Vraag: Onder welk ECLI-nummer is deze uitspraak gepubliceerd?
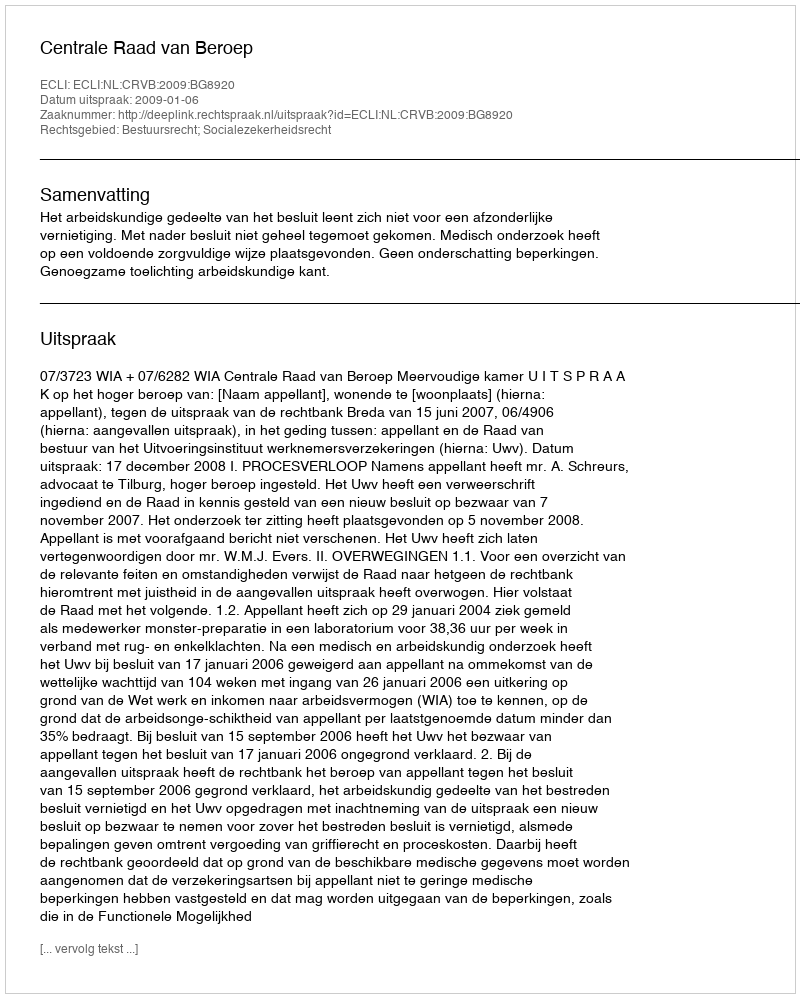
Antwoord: ECLI:NL:CRVB:2009:BG8920